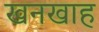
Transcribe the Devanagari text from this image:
खनखाह